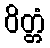
ဝိတ္တံ